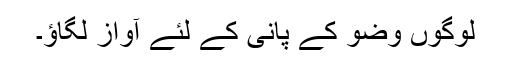
لوگوں وضو کے پانی کے لئے آواز لگاؤ۔